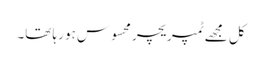
کل مجھے ٹمپریچر محسوس ہو رہا تھا۔